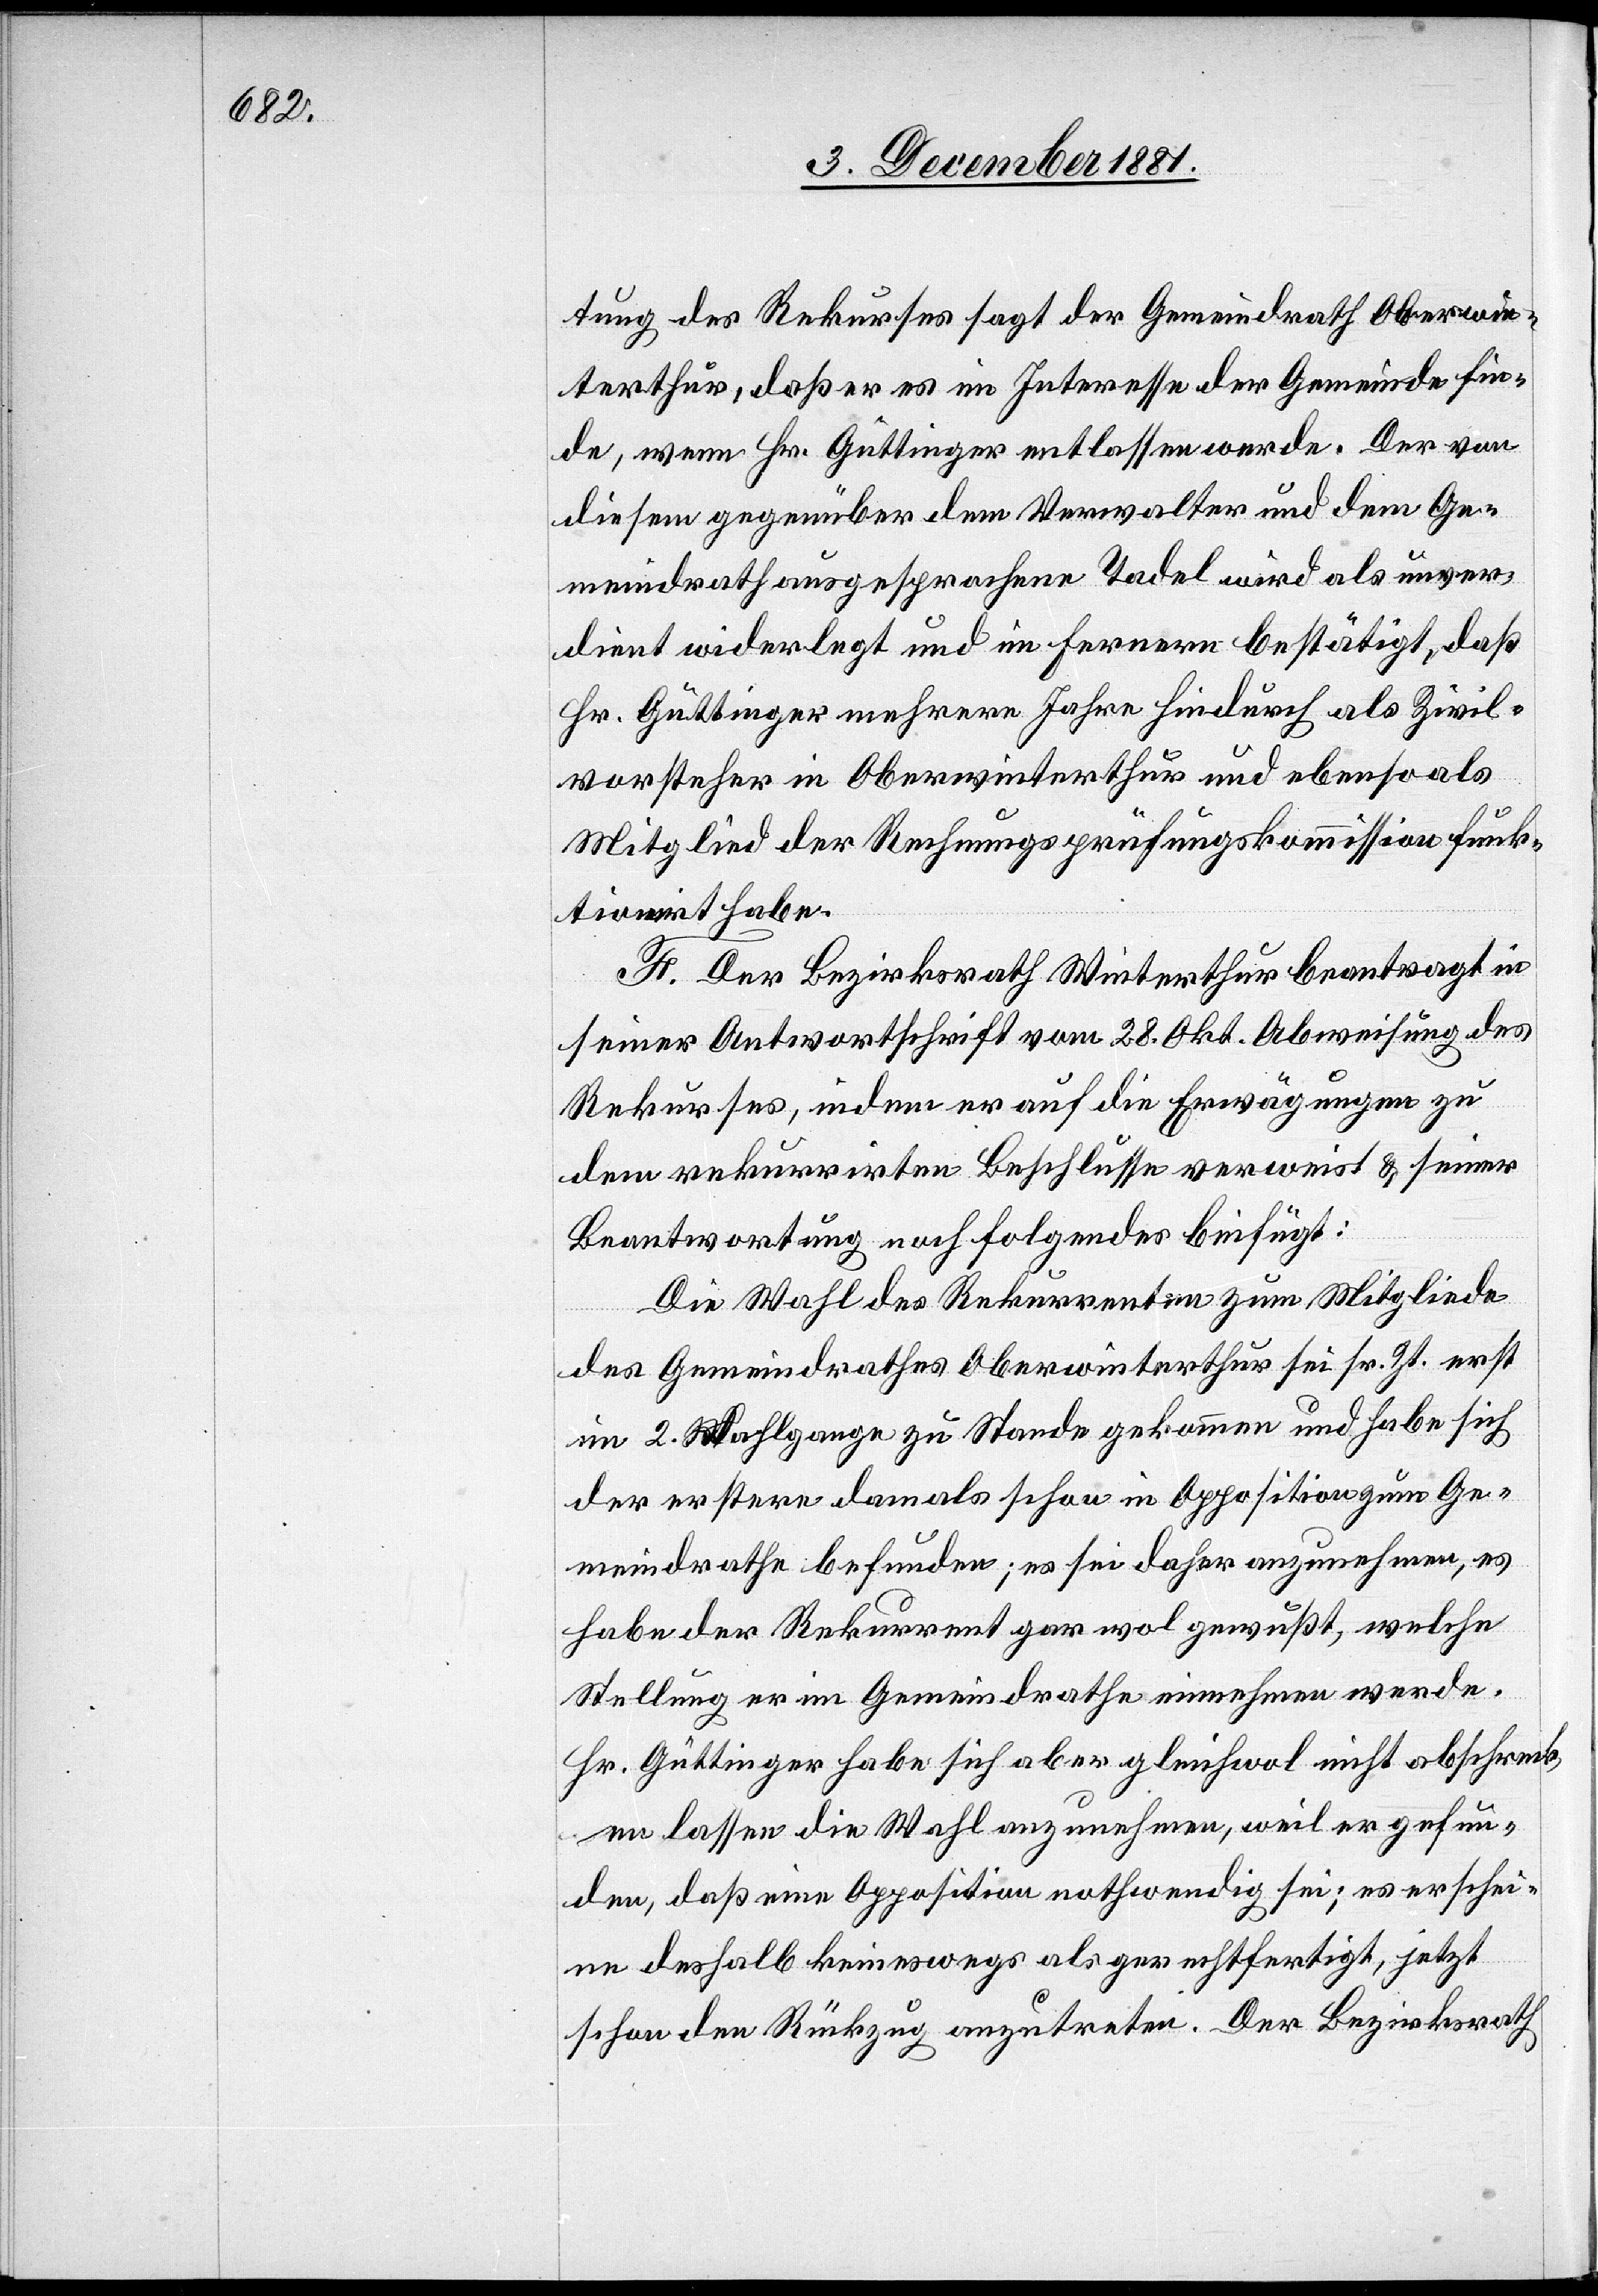
tung des Rekurses sagt der Gemeindrath Oberwin¬
terthur, daß er es im Interesse der Gemeinde fin¬
de, wenn Hr. Güttinger entlassen werde. Der von
diesem gegenüber dem Verwalter und dem Ge¬
meindrath ausgesprochenen Tadel wird als unver¬
dient widerlegt und im Ferneren bestätigt, daß
Hr. Güttinger mehrere Jahre hindurch als Zivil¬
vorsteher in Oberwinterthur und ebenso als
Mitglied der Rechnungsprüfungskommission funk¬
tionirt habe.
F. Der Bezirksrath Winterthur beantragt in
seiner Antwortschrift vom 28. Okt. Abweisung des
Rekurses, indem er auf die Erwägungen zu
dem rekurrirten Beschlusse verweist & seiner
Beantwortung noch Folgendes beifügt:
Die Wahl des Rekurrenten zum Mitgliede
des Gemeindrathes Oberwinterthur sei sr. Zt. erst
im 2. Wahlgange zu Stande gekommen und habe sich
der erstere damals schon in Opposition zum Ge¬
meindrathe befunden; es sei daher anzunehmen, es
habe der Rekurrent gar wol gewußt, welche
Stellung er im Gemeindrathe einnehmen werde.
Hr. Güttinger habe sich aber gleichwol nicht abschreck¬
en lassen die Wahl anzunehmen, weil er gefun¬
den, daß eine Opposition nothwendig sei; es erschei¬
ne deshalb keineswegs als gerechtfertigt, jetzt
schon den Rückzug anzutreten. Der Bezirksrath